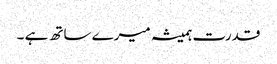
قدرت ہمیشہ میرے ساتھ ہے ۔